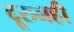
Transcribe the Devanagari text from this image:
दूरुनही